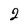
Character: 2